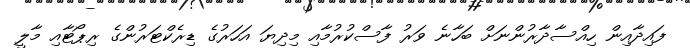
ފައިދާއިން ހިއްސާދާރުންނަށް ބަހާނެ ވަރު ފާސްކުރުމާއި މިދިޔަ އަހަރުގެ ޑިރެކްޓަރުންގެ ރިޕޯޓާއި މާލީ